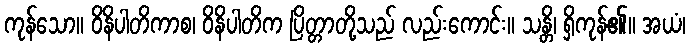
ကုန်သော။ ဝိနိပါတိကာစ၊ ဝိနိပါတိက ပြိတ္တာတို့သည် လည်းကောင်း။ သန္တိ၊ ရှိကုန်၏။ အယံ၊